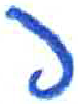
אות: פ